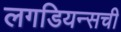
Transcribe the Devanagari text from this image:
लगडियन्सची